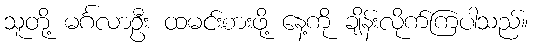
သူတို့ မင်္ဂလာဦး ထမင်းစားဖို့ နေ့ကို ချိန်းလိုက်ကြပါသည်။